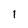
Character: 1